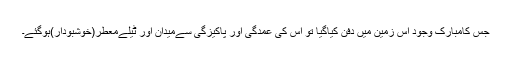
جس کامُبارَک وُجُود اُس زمین میں دفن کیاگیا تو اِس کی عُمْدَگی اور پاکیزگی سےمیدان اور ٹیلےمُعَطَّر(خوشبودار)ہوگئے۔